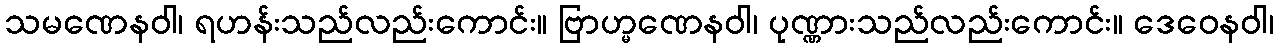
သမဏေနဝါ၊ ရဟန်းသည်လည်းကောင်း။ ဗြာဟ္မဏေနဝါ၊ ပုဏ္ဏားသည်လည်းကောင်း။ ဒေဝေနဝါ၊